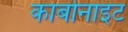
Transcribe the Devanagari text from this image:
कार्बोनाइट